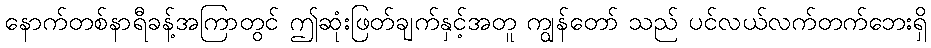
နောက်တစ်နာရီခန့်အကြာတွင် ဤဆုံးဖြတ်ချက်နှင့်အတူ ကျွန်တော် သည် ပင်လယ်လက်တက်ဘေးရှိ